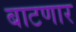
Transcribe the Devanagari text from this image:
बाटणार